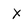
Character: x